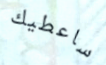
ساعطيك